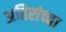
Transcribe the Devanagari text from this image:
अहिरांच्या